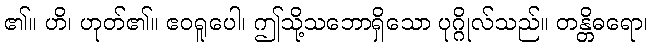
၏။ ဟိ၊ ဟုတ်၏။ ဧဝရူပေါ၊ ဤသို့သဘောရှိသော ပုဂ္ဂိုလ်သည်။ တန္တိဓရော၊